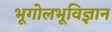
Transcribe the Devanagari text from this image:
भूगोलभूविज्ञान